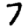
Digit: 7